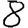
Digit: 8